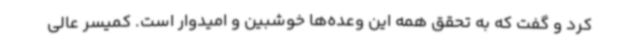
کرد و گفت که به تحقق همه این وعده‌ها خوشبین و امیدوار است. کمیسر عالی